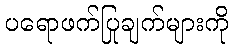
ပရောဖက်ပြုချက်များကို